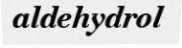
aldehydrol